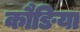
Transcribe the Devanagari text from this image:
कौङिया